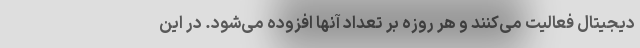
دیجیتال فعالیت می‌کنند و هر روزه بر تعداد آنها افزوده می‌شود. در این